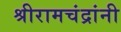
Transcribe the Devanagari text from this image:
श्रीरामचंद्रांनी